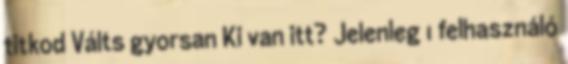
titkod Válts gyorsan Ki van itt? Jelenleg 1 felhasználó